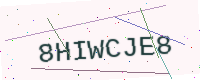
Text: 8HIWCJE8